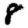
Digit: 8